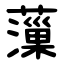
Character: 薻